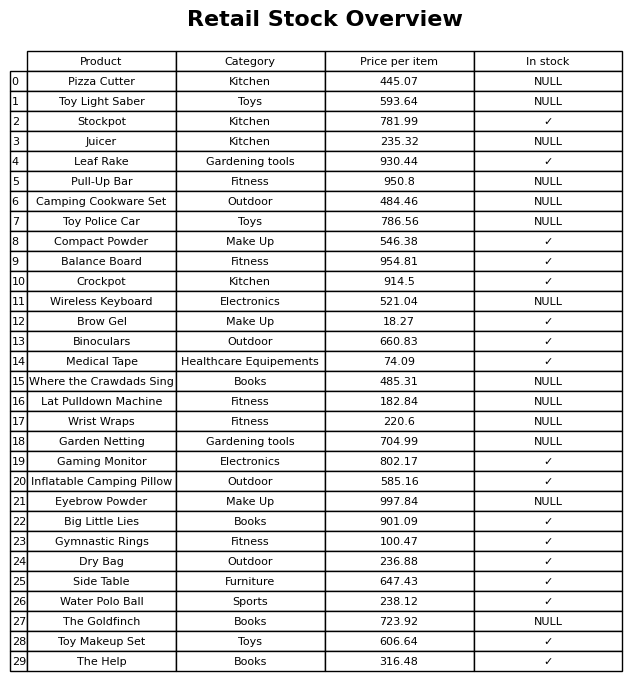
question: What is the stock status of the Stockpot?
answer: ✓